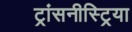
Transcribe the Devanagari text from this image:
ट्रांसनीस्ट्रिया